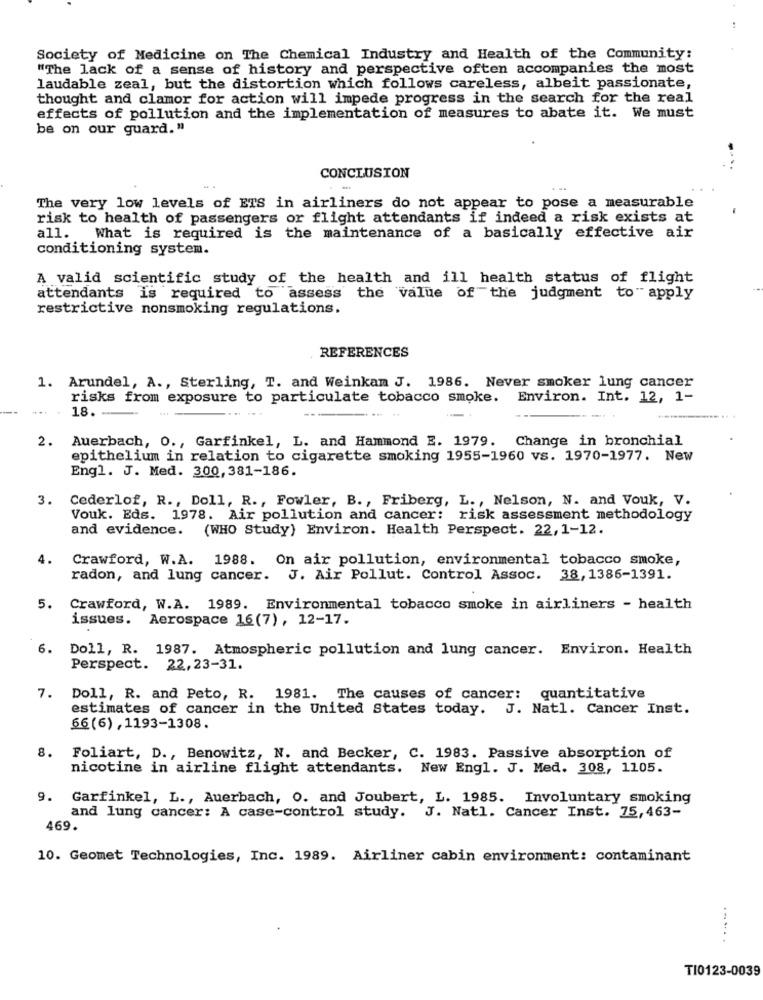
..
Society of Medicine on The Chemical Industry and Health of the Community:
"The lack of a sense of history and perspective often accompanies the most
laudable zeal, but the distortion which follows careless, albeit passionate,
thought and clamor for action will impede progress in the search for the real
effects of pollution and the implementation of measures to abate it. We must
be on our guard."
CONCLUSION
The very low levels of ETS in airliners do not appear to pose a measurable
risk to health of passengers or flight attendants if indeed a risk exists at
all. What is required is the maintenance of a basically effective air
conditioning system.
A valid scientific study of the health and ill health status of flight
attendants is required to assess the value of the judgment to apply
restrictive nonsmoking regulations.
REFERENCES
1. Arundel, A ., Sterling, T. and Weinkam J. 1986. Never smoker lung cancer
risks from exposure to particulate tobacco smoke. Environ. Int. 12, 1-
18. -
2.
Auerbach, O ., Garfinkel, L. and Hammond E. 1979. Change in bronchial
epithelium in relation to cigarette smoking 1955-1960 vs. 1970-1977. New
Engl. J. Med. 300, 381-186.
3.
Cederlof, R ., Doll, R ., Fowler, B ., Friberg, L ., Nelson, N. and Vouk, V.
Vouk. Eds. 1978. Air pollution and cancer: risk assessment methodology
and evidence. (WHO Study) Environ. Health Perspect. 22, 1-12.
4.
Crawford, W.A. 1988. On air pollution, environmental tobacco smoke,
radon, and lung cancer. J. Air Pollut. Control Assoc. 38, 1386-1391.
5.
Crawford, W.A. 1989. Environmental tobacco smoke in airliners - health
issues. Aerospace 16(7), 12-17.
6.
Doll, R. 1987. Atmospheric pollution and lung cancer. Environ. Health
Perspect. 22,23-31.
7. Doll, R. and Peto, R. 1981. The causes of cancer: quantitative
estimates of cancer in the United States today. J. Natl. Cancer Inst.
66(6) , 1193-1308.
8. Foliart, D ., Benowitz, N. and Becker, C. 1983. Passive absorption of
nicotine in airline flight attendants. New Engl. J. Med. 308, 1105.
9. Garfinkel, L ., Auerbach, O. and Joubert, L. 1985. Involuntary smoking
and lung cancer: A case-control study. J. Natl. Cancer Inst. 75,463-
469.
10. Geomet Technologies, Inc. 1989. Airliner cabin environment: contaminant
.-...
TI0123-0039